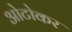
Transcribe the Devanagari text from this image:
ओटोकर